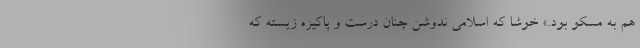
هم به مسکو بود.» خوشا که اسلامی ندوشن چنان درست و پاکیزه زیسته که